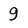
Character: 9